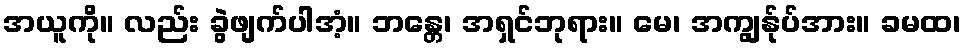
အယူကို။ လည်း ခွဲဖျက်ပါအံ့။ ဘန္တေ၊ အရှင်ဘုရား။ မေ၊ အကျွန်ုပ်အား။ ခမထ၊